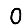
Digit: 0